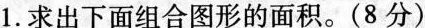
1. 求出下面组合图形的面积。(8分)(